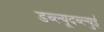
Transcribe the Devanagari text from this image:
डब्ल्यूदब्ल्युई